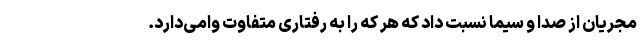
مجریان از صدا و سیما نسبت داد که هر که را به رفتاری متفاوت وامی‌دارد.